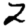
Digit: 2